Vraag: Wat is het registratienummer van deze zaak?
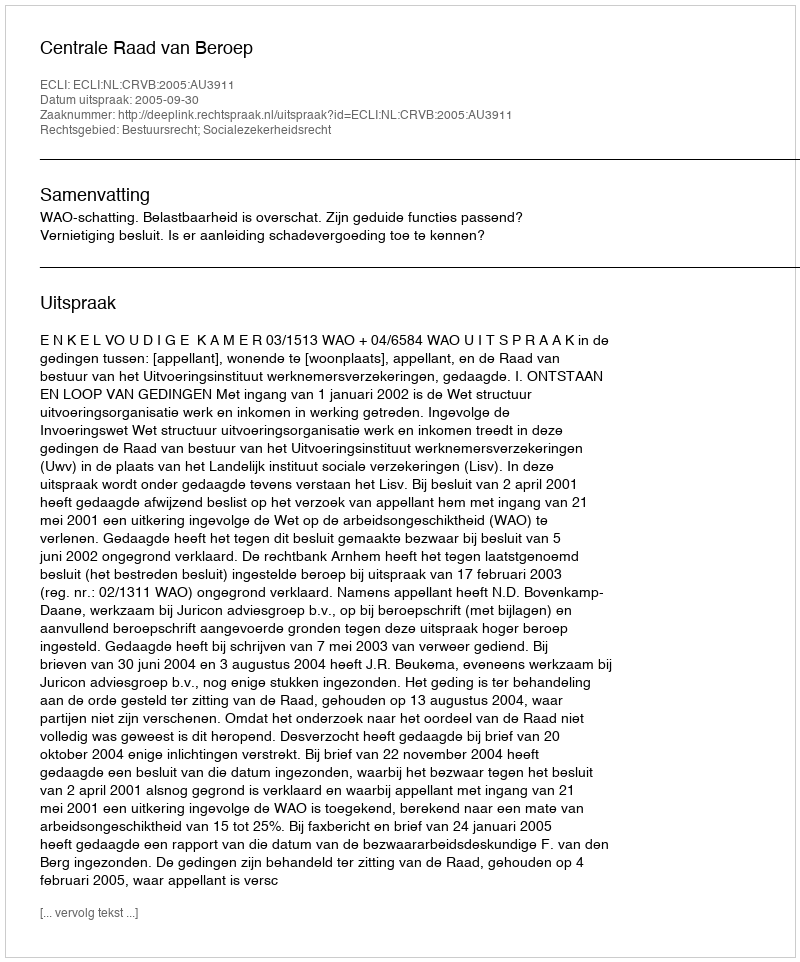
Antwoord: http://deeplink.rechtspraak.nl/uitspraak?id=ECLI:NL:CRVB:2005:AU3911